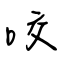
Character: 咬